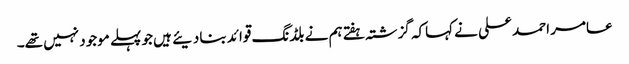
عامر احمد علی نے کہاکہ گزشتہ ہفتے ہم نے بلڈنگ قوائد بنادیئے ہیں جو پہلے موجود نہیں تھے۔